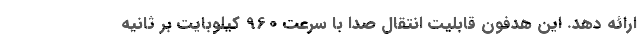
ارائه دهد. این هدفون قابلیت انتقال صدا با سرعت 960 کیلوبایت بر ثانیه